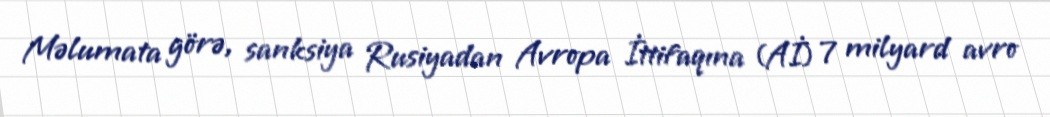
Məlumata görə, sanksiya Rusiyadan Avropa İttifaqına (Aİ) 7 milyard avro